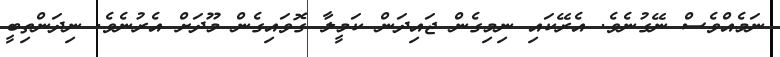
ނަމެއްވެސް ނޭގުނެވެ. އެރޭކައި ނިމިގެން ޖައިދަން ކަމީލާ ގޮވައިގެން މޫދަށް އެރުނެވެ. ނިދަންތިބީ